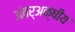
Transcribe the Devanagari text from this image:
अंतर्अक्षीय